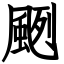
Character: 颲